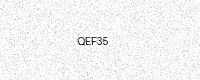
Text: QEF35